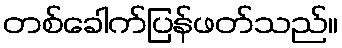
တစ်ခေါက်ပြန်ဖတ်သည်။